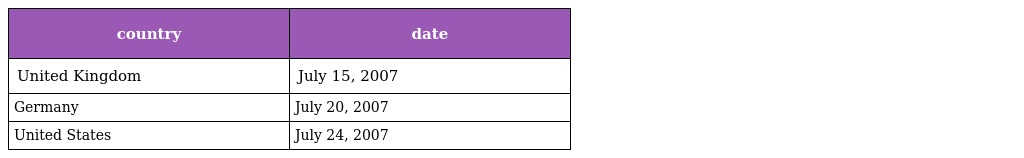
| country | date |
 | --- | --- |
 | United Kingdom | July 15, 2007 |
 | Germany | July 20, 2007 |
 | United States | July 24, 2007 |